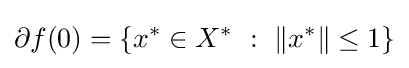
\partial f(0)=\left\{x^{*}\in X^{*}~:~\left\|x^{*}\right\|\leq 1\right\}